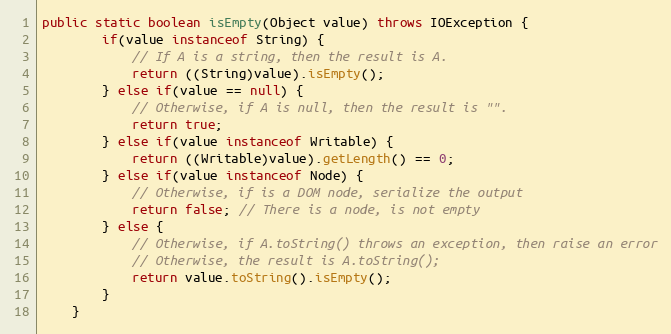
Language: Java
public static boolean isEmpty(Object value) throws IOException {
		if(value instanceof String) {
			// If A is a string, then the result is A.
			return ((String)value).isEmpty();
		} else if(value == null) {
			// Otherwise, if A is null, then the result is "".
			return true;
		} else if(value instanceof Writable) {
			return ((Writable)value).getLength() == 0;
		} else if(value instanceof Node) {
			// Otherwise, if is a DOM node, serialize the output
			return false; // There is a node, is not empty
		} else {
			// Otherwise, if A.toString() throws an exception, then raise an error
			// Otherwise, the result is A.toString();
			return value.toString().isEmpty();
		}
	}